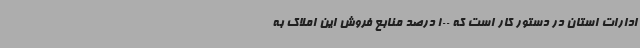
ادارات استان در دستور کار است که 100 درصد منابع فروش این املاک به